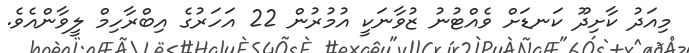
މިއަދު ކާށިދޫ ކަނޑަށް ވެއްޓުނު ޒުވާނަކީ އުމުރުން 22 އަހަރުގެ އިބްރާހިމް ލީވާންއެވެ.